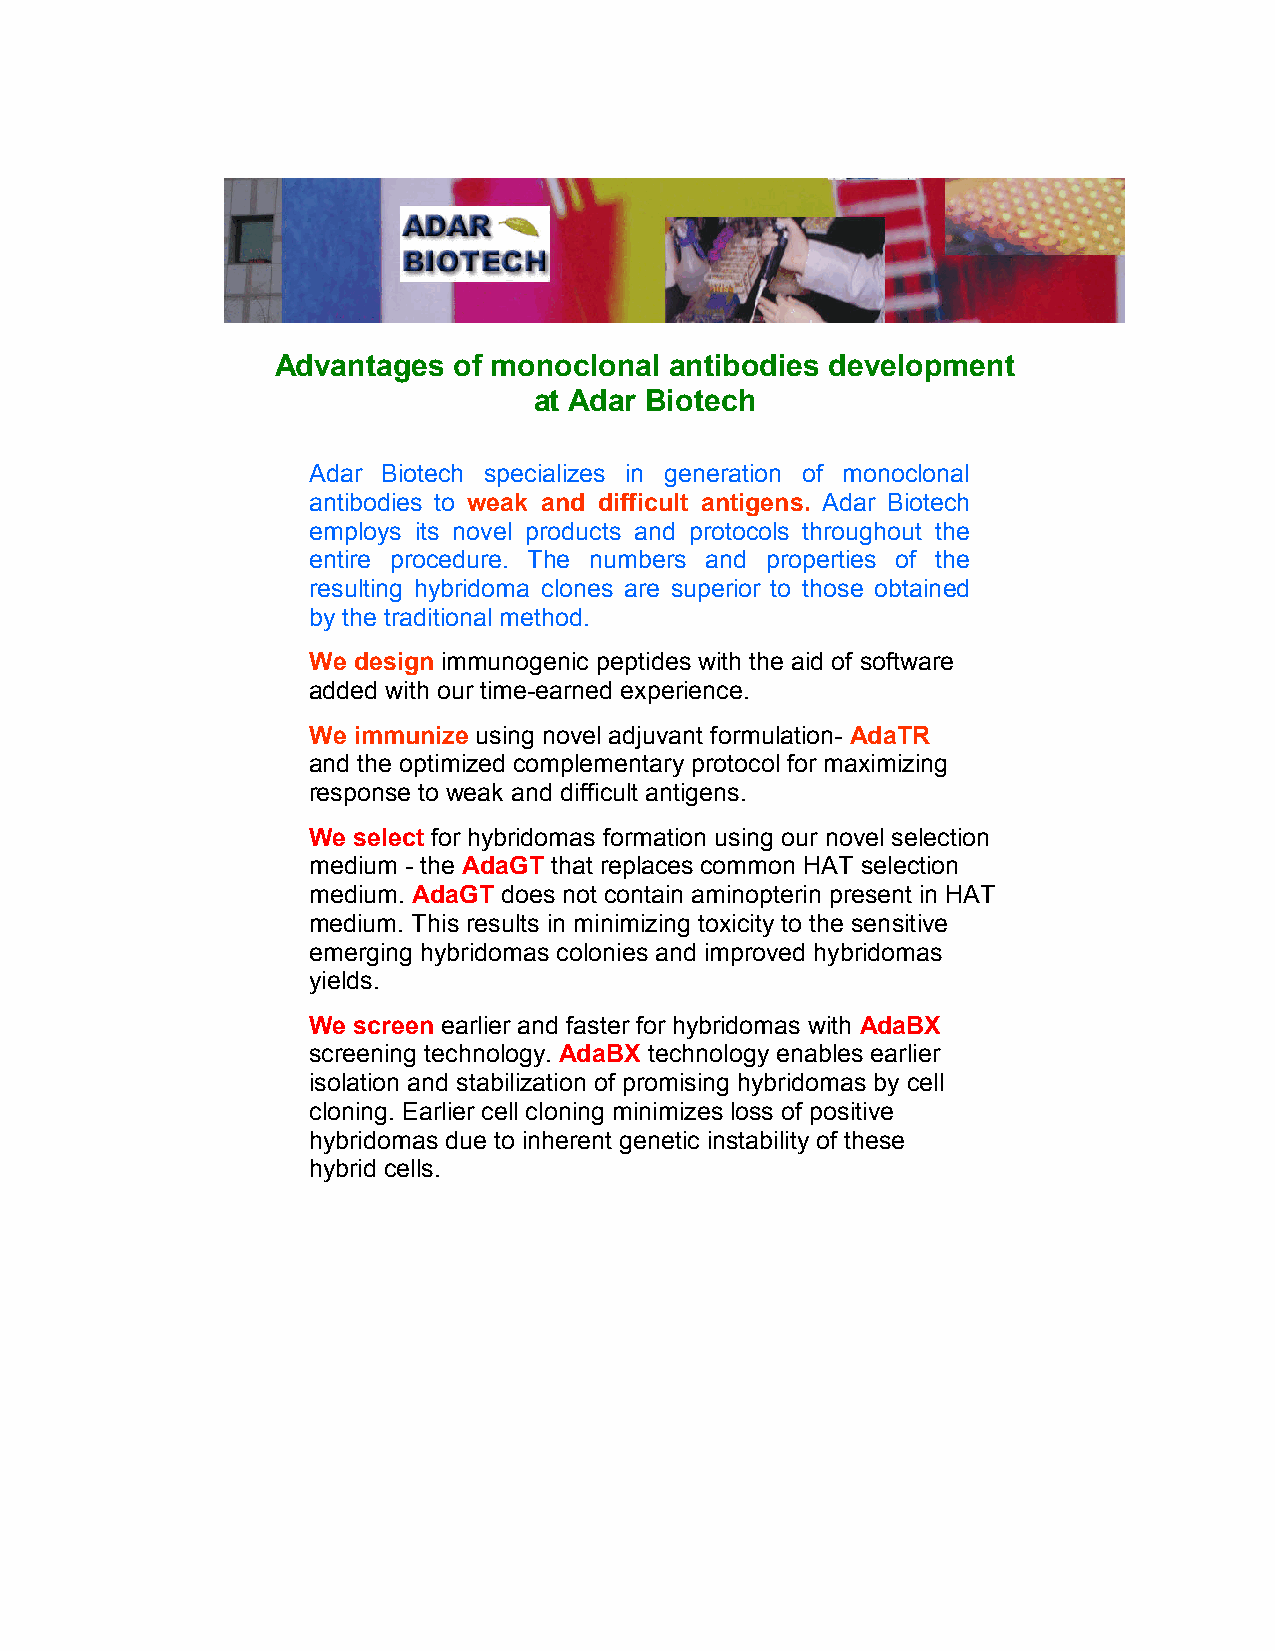
Advantages  of monoclonal antibodies development
 at Adar Biotech
 Adar Biotech specializes in generation of monoclonal
 antibodies to weak and difficult antigens. Adar Biotech
 employs its novel products and protocols throughout the
 entire procedure. The numbers and properties of the
 resulting hybridoma clones are superior to those obtained
 by the traditional method.
 We design immunogenic peptides with the aid of software
 added with our time-earned experience.
 We immunize using novel adjuvant formulation- AdaTR
 and the optimized complementary protocol for maximizing
 response to weak and difficult antigens.
 We select for hybridomas formation using our novel selection
 medium - the AdaGT that replaces common HAT selection
 medium. AdaGT does not contain aminopterin present in HAT
 medium. This results in minimizing toxicity to the sensitive
 emerging hybridomas colonies and improved hybridomas
 yields.
 We screen earlier and faster for hybridomas with AdaBX
 screening technology. AdaBX technology enables earlier
 isolation and stabilization of promising hybridomas by cell
 cloning. Earlier cell cloning minimizes loss of positive
 hybridomas due to inherent genetic instability of these
 hybrid cells.